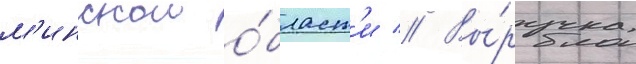
м'инскои о́бласт'и // Вы́ручка